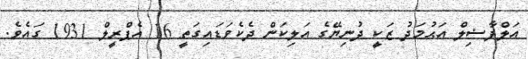
އަލްފާޟިލް އަޙުމަދު ޒަކީ ދުނިޔޭގެ އަލިކަން ދެކެވަޑައިގަތީ 16 އެޕްރީލް 1931 ގައެވެ.